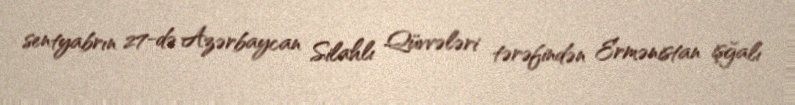
sentyabrın 27-də Azərbaycan Silahlı Qüvvələri tərəfindən Ermənistan işğalı